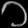
Digit: ၁